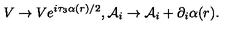
V \rightarrow V e ^ { i \tau _ { 3 } \alpha ( r ) / 2 } , { \mathcal { A } } _ { i } \rightarrow { \mathcal { A } } _ { i } + \partial _ { i } \alpha ( r ) .